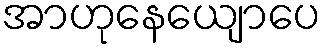
အာဟုနေယျောပေ